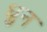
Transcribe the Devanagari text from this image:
ध्रुन